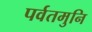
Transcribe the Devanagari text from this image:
पर्वतमुनि